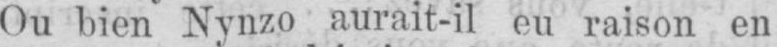
Ou bien Nynzo aurait-il eu raison en